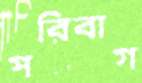
পরিবাগ